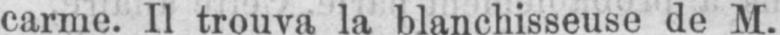
carme. Il trouva la blanchisseuse de M.